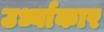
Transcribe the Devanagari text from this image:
उर्ध्वाकार